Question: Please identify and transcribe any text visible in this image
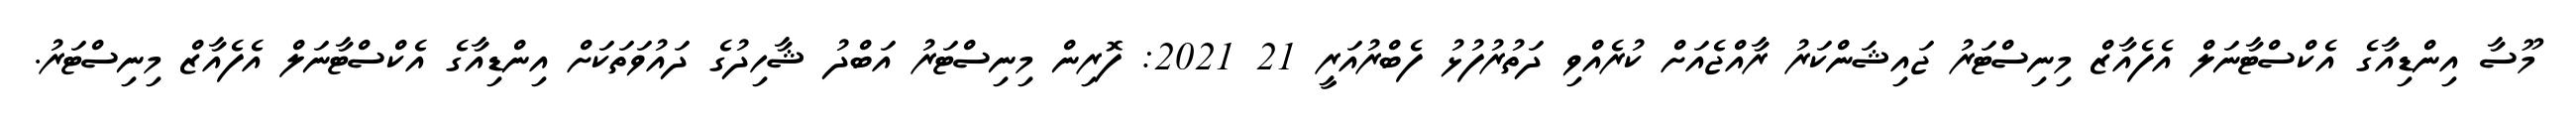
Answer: މޫސާ އިންޑިއާގެ އެކްސްޓާނަލް އެފެއާޒް މިނިސްޓަރު ޖައިޝަންކަރު ރާއްޖެއަށް ކުރެއްވި ދަތުރުފުޅު ފެބްރުއަރީ 21 2021: ފޮރިން މިނިސްޓަރު އަބްދު ޝާހިދުގެ ދައުވަތަކަށް އިންޑިއާގެ އެކްސްޓާނަލް އެފެއާޒް މިނިސްޓަރު.